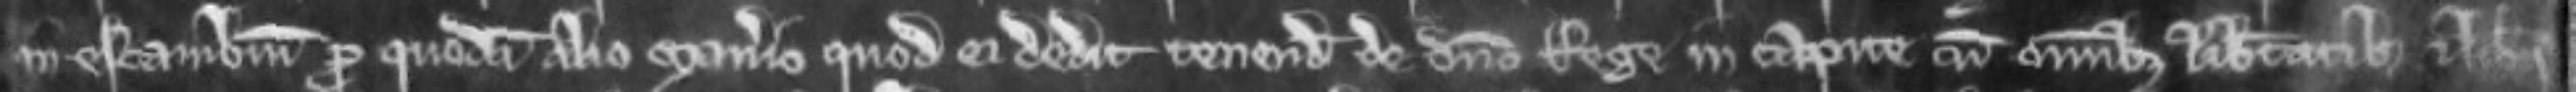
in escambium pro quodam alio manerio quod ei dedit tenendum de domino Rege in capite cum omnibus libertatibus et liberis